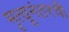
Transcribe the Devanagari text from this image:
मृत्यूनंतरची